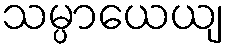
သမ္ပာယေယျ